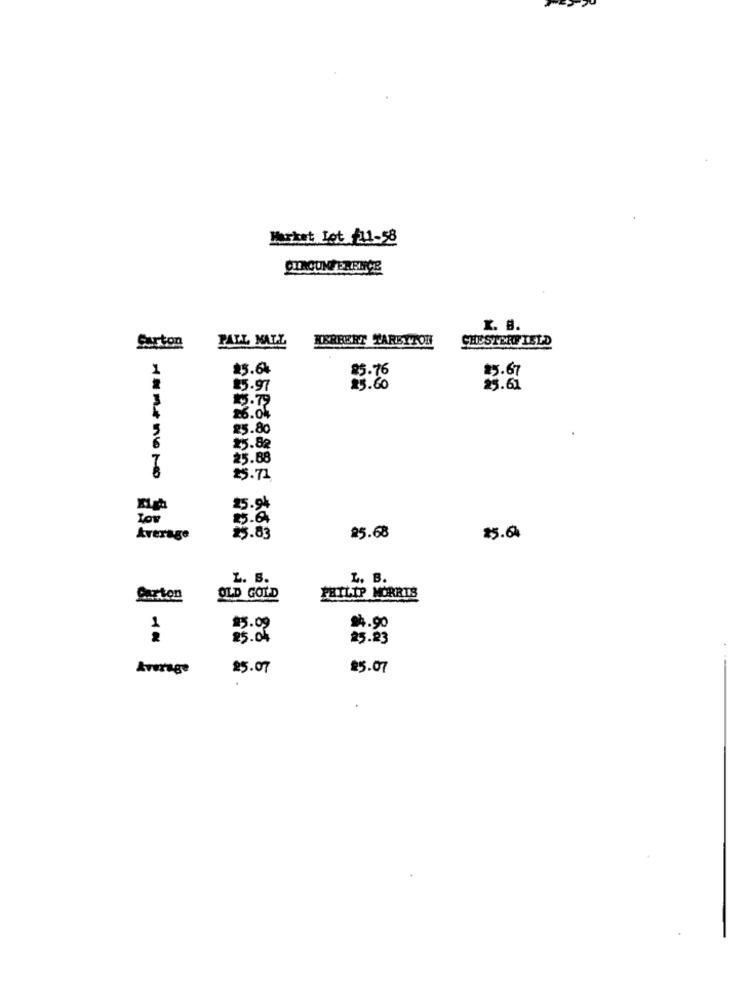
Market Iet f11-58
OLACONFERENCE
X. B.
PALL MALL
HERBERT YARBYTON
CHESTERFIELD
Surton
1
25.64
25.76
25.67
25.97
25.60
25.61
15.79
26.04
25.80
25.82
25.68
25.71
25.94
Average
25.83
25.68
25.6
Z. B.
L. B.
PHILIP MORRIS
Carton
OLD GOLD
1
$3.09
94.90
85. 04
25.83
Average
25.07
25.07